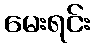
မေးရင်း